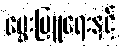
မွေးမြူရေးနှင့်